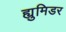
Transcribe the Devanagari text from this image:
ह्युमिडर